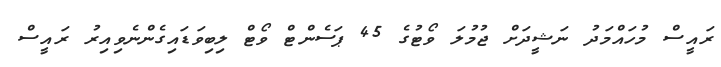
ރައީސް މުހައްމަދު ނަޝީދަށް ޖުމުލަ ވޯޓުގެ 45 ޕަސެންޓް ވޯޓް ލިބިވަޑައިގެންނެވިއިރު ރައީސް